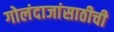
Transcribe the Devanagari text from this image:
गोलंदाजांसाठीची